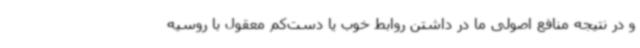
و در نتیجه منافع اصولی ما در داشتن روابط خوب یا دست‌کم معقول با روسیه